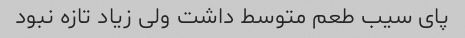
پای سیب طعم متوسط داشت ولی زیاد تازه نبود